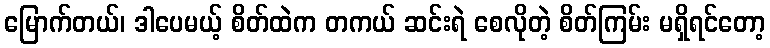
မြောက်တယ်၊ ဒါပေမယ့် စိတ်ထဲက တကယ် ဆင်းရဲ စေလိုတဲ့ စိတ်ကြမ်း မရှိရင်တော့